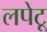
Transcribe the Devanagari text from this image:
लपेटू